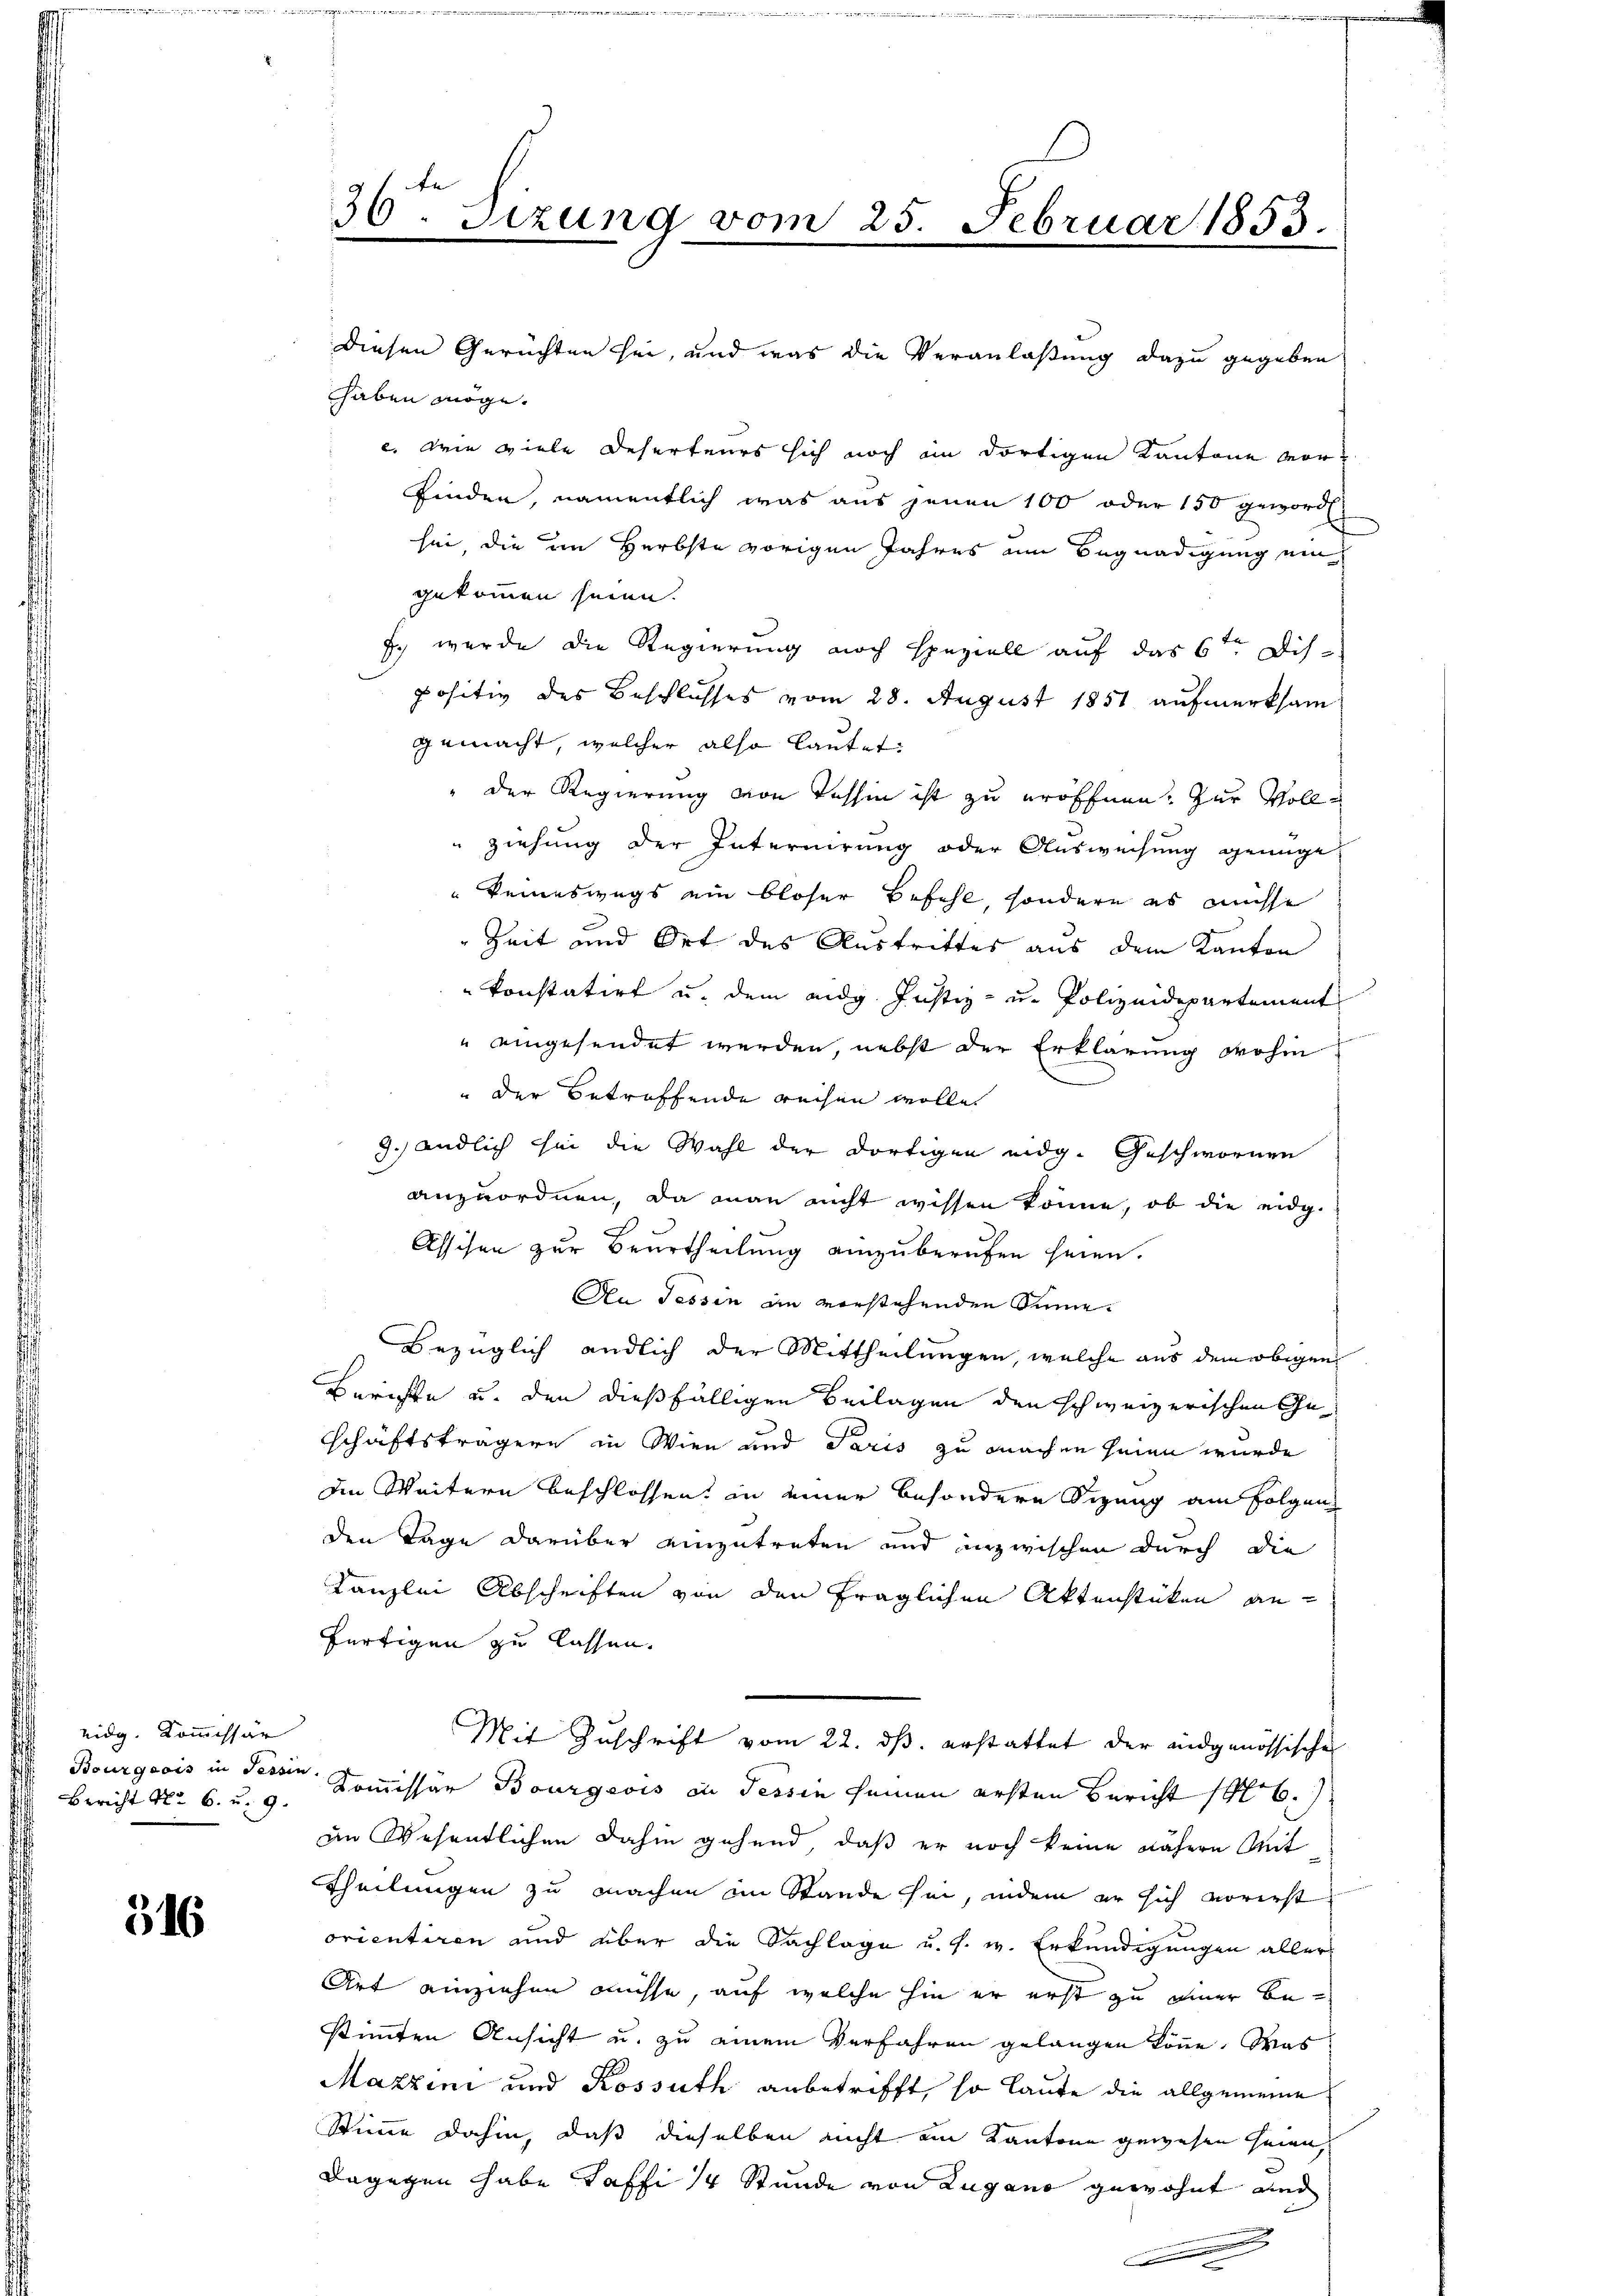
eidg. Kommissar
Bourgeois in Tessin
 Bericht No. 6. u. 9.

316

36ten Sizung vom 25. Februar 1853.

diesen Gerichten sei, und was die Veranlaßung dazu gegeben
haben möge.
e. Wie viele Deserteurs sich noch im dortigen Kantone vor
finden, namentlich was aus jenen 100 oder 150 geworde
sei, die im Herbste vorigen Jahres um Begnadigung ein
gekommen seien.
J. wurde die Regierung noch speziell auf das 6ten Dis-
positiv des Beschlusses vom 28. August 1851 aufmerksam
gemacht, welcher also lautet:
" der Regierung von Tessin ist zu eröffnen. Zur Vollziehung der Internirung oder Ausweisung genüge,
keineswegs ein bloser Befehl, sondern es müsse
Zeit und Ort des Austrittes aus dem Kanton
konstatirt u. dem eidg. Justiz- u. Polizeidepartement
" eingesendet werden, nebst der Erklärung wohin
Der Betreffende reisen wolle.
3.) endlich bin die Wahl der dortigen eidg. Geschwornen
anzuordnen, da man nicht wissen könne, ob die eidg.
.
Assisen zur Beurtheilung einzuberufen seien.
An Tessin an vorstehenden Sinne.
Bezüglich endlich der Mittheilungen, welche aus dem obigen
Berichte u. den dießfälligen Beilagen den schweizerischen Geschäftsträgern in Wien und Paris zu machen seien wurde
iin Weitern beschlossen, in einer besondere Sizung am folgen
den Tage darüber einzutreten und inzwischen durch die
Kanzlei Abschriften von den fraglichen Aktenstüken an¬
Fertigen zu lassen.
Mit Zuschrift vom 22. ds. erstattet der eidgenössische
Kommissar Bourgeois die Tessin seinen ersten Bericht 16.
im Wesentlichen dahin gehend, daß er noch keine nähere Mit
Theilungen zu machen im Stande sei, indem er sich vorerst
orientiren und über die Sachlage u. s. w. Erkundigungen aller
Art einziehen müsse, auf welche hin er erst zu einer Bestimmten Ansicht u. zu einem Verfahren gelangen könne. Was
Maxzini und Kossuth anbetrifft, so laute die allgemeine
Stimme dahin, daß dieselben nicht im Kantone gewesen seien,
dagegen habe Taffi 14 Stunde von Lugano gewohnt, und